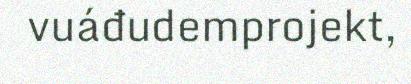
vuáđudemprojekt,